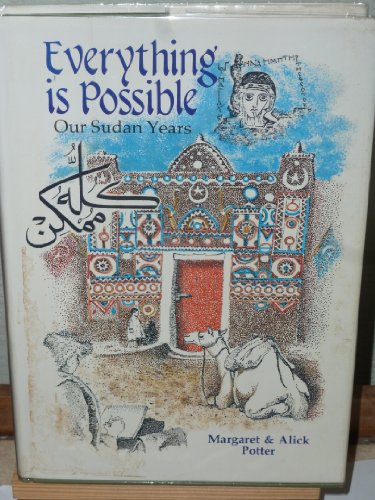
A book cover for Everything is possible: Our Sudan years; Margaret Potter; Travel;